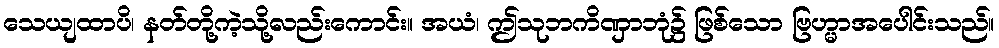
သေယျထာပိ၊ နတ်တို့ကဲ့သို့လည်းကောင်း။ အယံ၊ ဤသုဘကိဏှာဘုံ၌ ဖြစ်သော ဗြဟ္မာအပေါင်းသည်။